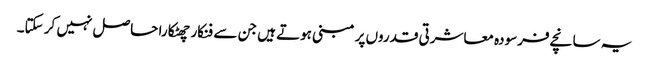
یہ سانچے فرسودہ معاشرتی قدروں پر مبنی ہوتے ہیں جن سے فنکار چھٹکارا حاصل نہیں کر سکتا۔